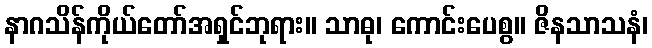
နာဂသိန်ကိုယ်တော်အရှင်ဘုရား။ သာဓု၊ ကောင်းပေစွ။ ဇိနသာသနံ၊